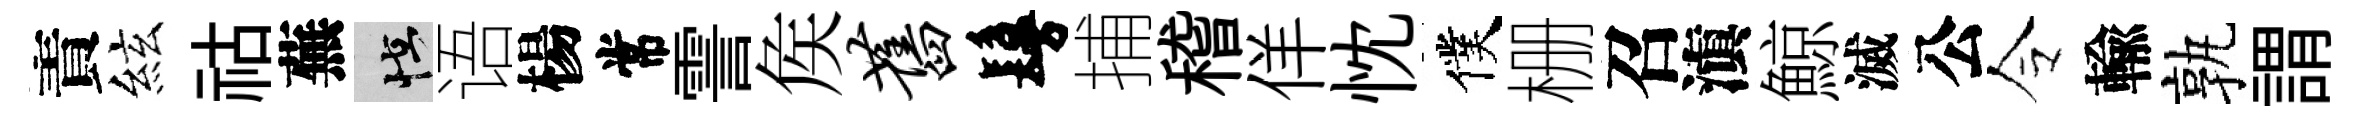
責絃祜蕪怪语楊常霅矦旧鬘捕稽佯忱僕栅召滇鯨滅公令輸孰謂